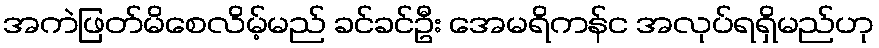
အကဲဖြတ်မိစေလိမ့်မည် ခင်ခင်ဦး အေမရိကန်င အလုပ်ရရှိမည်ဟု